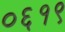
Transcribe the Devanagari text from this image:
०६१९